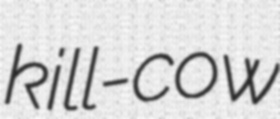
kill-cow